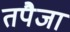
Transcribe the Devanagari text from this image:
तपैजा